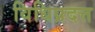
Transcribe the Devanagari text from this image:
विधिप्रदत्त